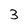
Character: 3